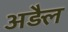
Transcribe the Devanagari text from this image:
अड़ैल